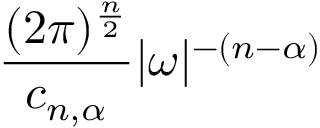
{ \frac { ( 2 \pi ) ^ { \frac { n } { 2 } } } { c _ { n , \alpha } } } | { \boldsymbol { \omega } } | ^ { - ( n - \alpha ) }